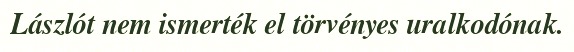
Lászlót nem ismerték el törvényes uralkodónak.